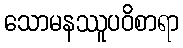
သောမနဿူပဝိစာရာ